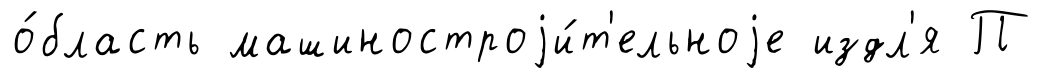
о́бласть машиностроjи́т'ельноjе издл'я П